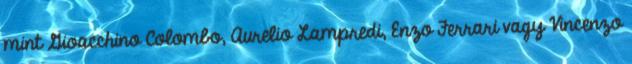
mint Gioacchino Colombo, Aurelio Lampredi, Enzo Ferrari vagy Vincenzo